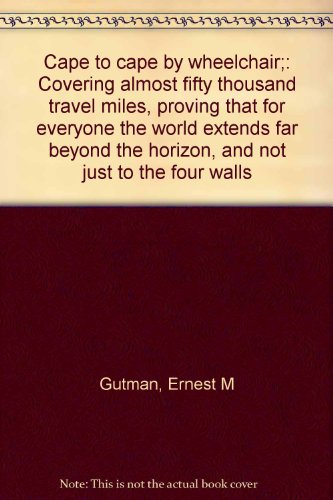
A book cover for Cape to cape by wheelchair;: Covering almost fifty thousand travel miles, proving that for everyone the world extends far beyond the horizon, and not just to the four walls; Ernest M Gutman; Travel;